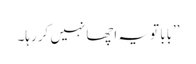
’’بابا تو یہ اچھا نہیں کر رہا۔